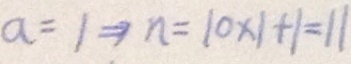
a = 1 \Rightarrow n = 1 0 \times 1 + 1 = 1 1